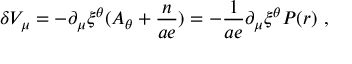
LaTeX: \delta V _ { \mu } = - \partial _ { \mu } \xi ^ { \theta } ( A _ { \theta } + \frac { n } { a e } ) = - \frac { 1 } { a e } \partial _ { \mu } \xi ^ { \theta } P ( r ) ~ ,